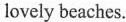
lovely beaches.